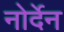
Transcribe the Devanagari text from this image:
नोर्देन